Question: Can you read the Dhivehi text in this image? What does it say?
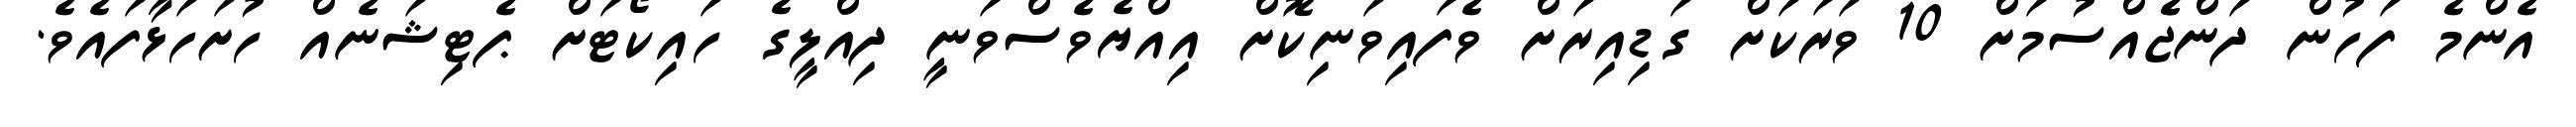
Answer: އެންމެ ފަހުން ދަންޖެެއްސުމަށް 10 ވަރަކަށް ގަޑިއިރަށް ވެފައިވަނިކޮށް އިއްޔެވެސްވަނީ ދިއްލީގެ ހައިކޯޓަށް ޕެޓިޝަނެއް ހުށަހަޅާފައެވެ.